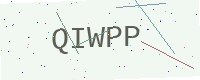
Text: QIWPP